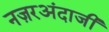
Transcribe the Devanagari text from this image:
नज़रअंदाजी